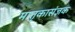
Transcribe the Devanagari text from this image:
मातृकासंज्ञक